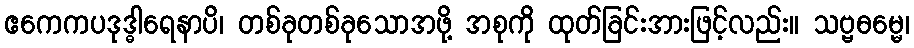
ဧကေကပဒုဒ္ဓါရေနာပိ၊ တစ်ခုတစ်ခုသောအဖို့ အစုကို ထုတ်ခြင်းအားဖြင့်လည်း။ သဗ္ဗဓမ္မေ၊